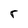
Character: r